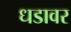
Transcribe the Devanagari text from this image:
धडावर